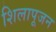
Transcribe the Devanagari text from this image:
शिलापूजन